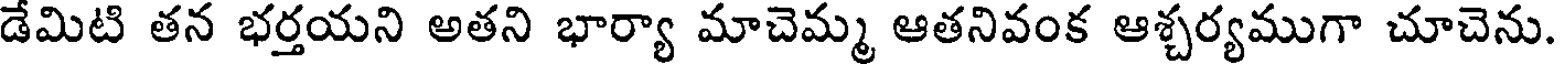
డేమిటి తన భర్తయని అతని భార్యా మాచెమ్మ ఆతనివంక ఆశ్చర్యముగా చూచెను.